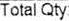
TOTAL QTY: